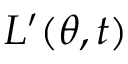
L ^ { \prime } ( \theta , t )